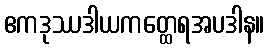
ဧကဒုဿဒါယကတ္ထေရအပဒါန။